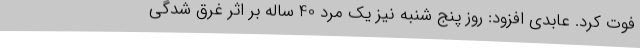
فوت کرد. عابدی افزود: روز پنج شنبه نیز یک مرد 40 ساله بر اثر غرق شدگی